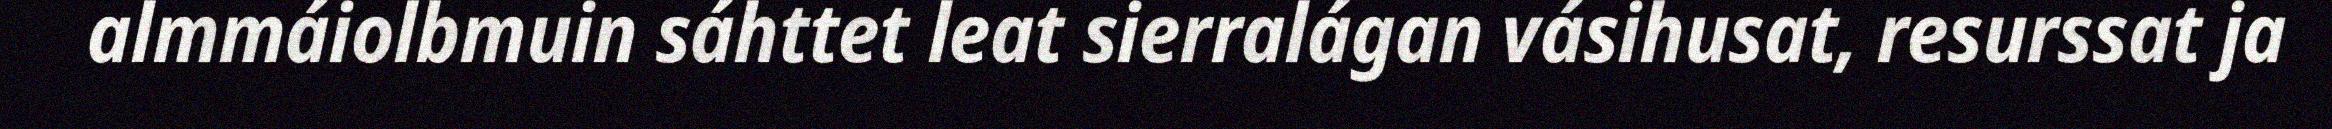
almmáiolbmuin sáhttet leat sierralágan vásihusat, resurssat ja